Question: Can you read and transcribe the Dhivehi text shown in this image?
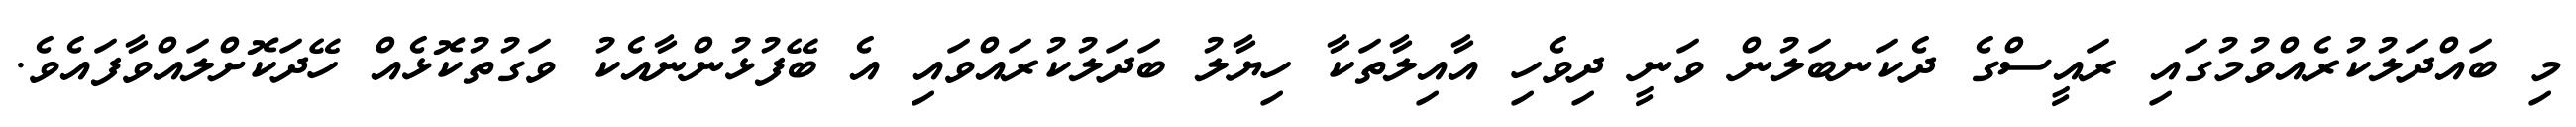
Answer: މި ބައްދަލުކުރެއްވުމުގައި ރައީސްގެ ދެކަނބަލުން ވަނީ ދިވެހި އާއިލާތަކާ ހިޔާލު ބަދަލުކުރައްވައި އެ ބޭފުޅުންނާއެކު ވަގުތުކޮޅެއް ހޭދަކޮށްލައްވާފައެވެ.